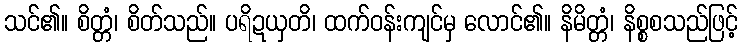
သင်၏။ စိတ္တံ၊ စိတ်သည်။ ပရိဍယှတိ၊ ထက်ဝန်းကျင်မှ လောင်၏။ နိမိတ္တံ၊ နိစ္စစသည်ဖြင့်